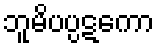
ဘူမိပပ္ပဋကော